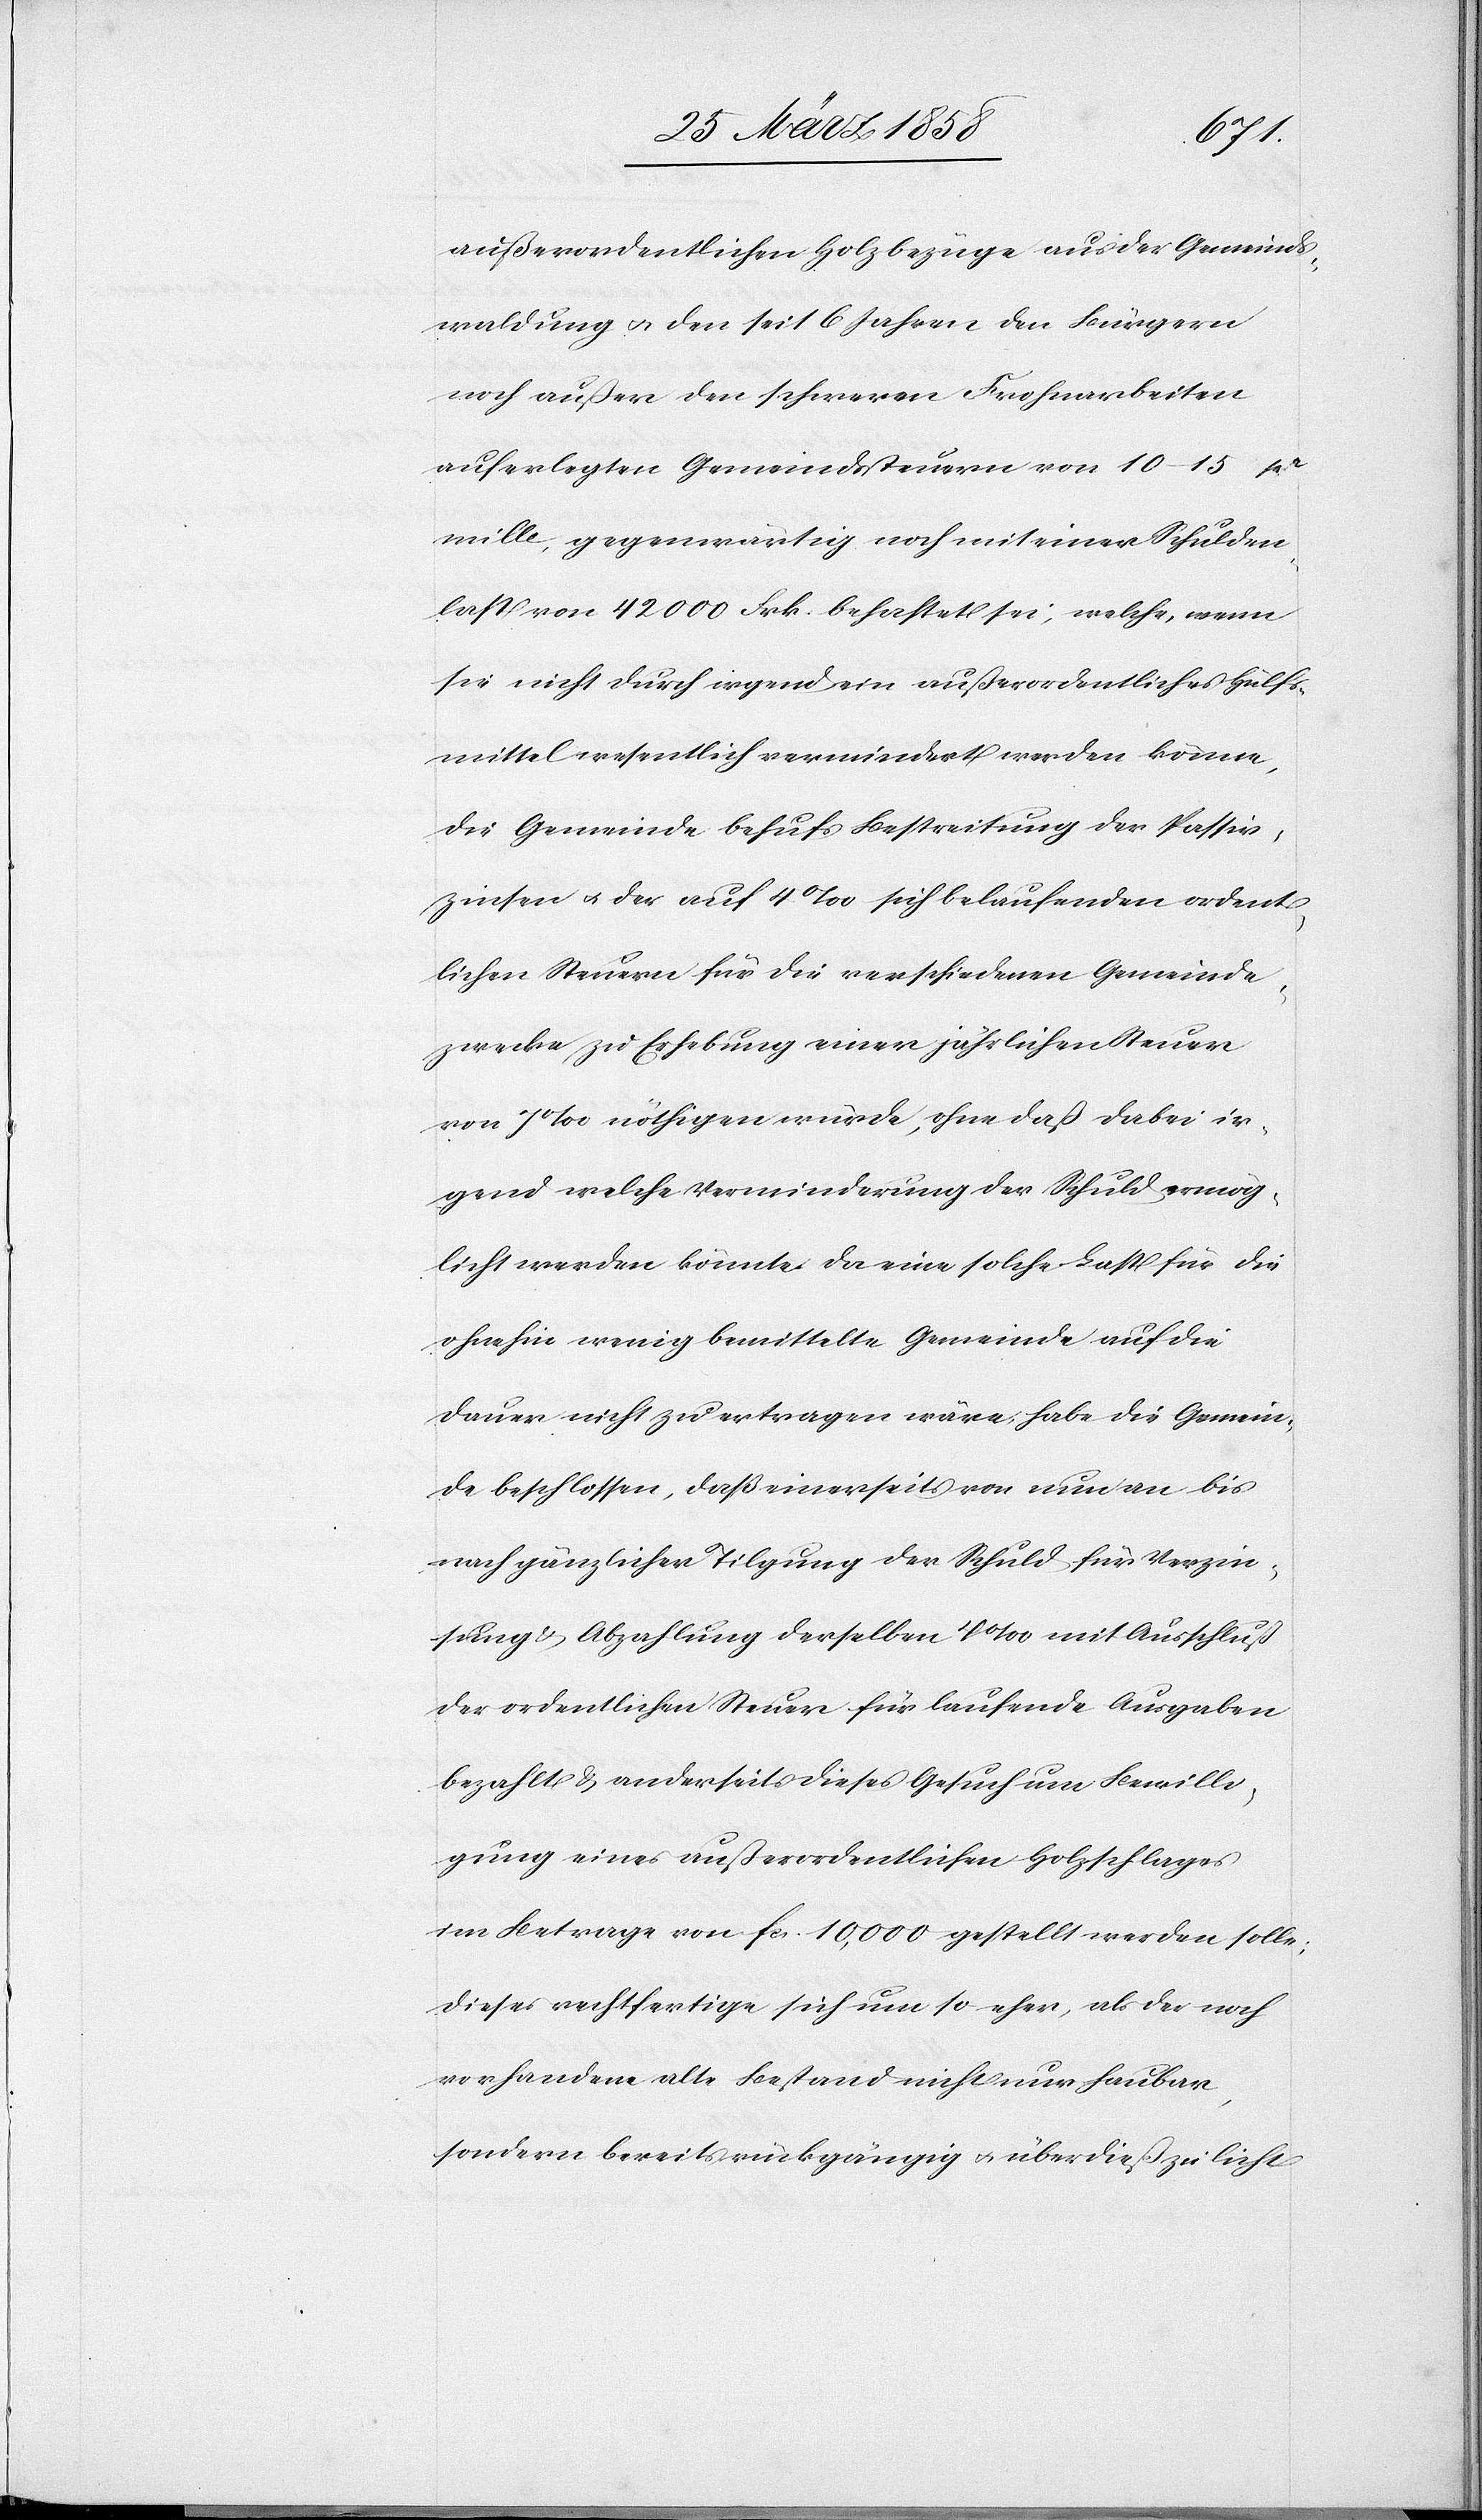
außerordentlichen Holzbezüge aus der Gemeinds¬
waldung u. den seit 6 Jahren den Bürgern
noch außer den schweren Frohnarbeiten
auferlegten Gemeindssteuern von 10–15 pr
mille, gegenwärtig noch mit einer Schulden¬
last von 42 000 Frk. behaftet sei, welche, wenn
sie nicht durch irgend ein außerordentliches Hülfs¬
mittel wesentlich vermindert werden könne,
die Gemeinde behufs Bestreitung der Passiv¬
zinsen u. der auf 4‰ sich belaufenden ordent¬
lichen Steuern für die verschiedenen Gemeinde¬
zwecke zu Erhebung einer jährlichen Steuer
von 7‰ nöthigen würde, ohne daß dabei ir¬
gend welche Verminderung der Schuld ermög¬
licht werden könnte, da eine solche Last für die
ohnehin wenig bemittelte Gemeinde auf die
Dauer nicht zu ertragen wäre, habe die Gemein¬
de beschlossen, daß einerseits von nun an bis
nach gänzlicher Tilgung der Schuld für Verzin¬
sung & Abzahlung derselben 4‰ mit Ausschluß
der ordentlichen Steuer für laufende Ausgaben
bezahlt & anderseits dieses Gesuch um Bewilli¬
gung eines außerordentlichen Holzschlages
im Betrage von fcs. 10,000 gestellt werden solle;
dieses rechtfertige sich um so eher, als der noch
vorhandene alte Bestand nicht nur haubar,
sondern bereits rückgängig u. überdieß zu licht